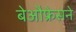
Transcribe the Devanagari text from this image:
बेऔफ्रेसने